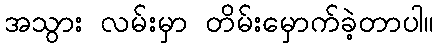
အသွား လမ်းမှာ တိမ်းမှောက်ခဲ့တာပါ။